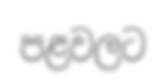
පළවලට